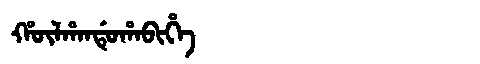
Manchu: ᡥᡡᠯᡥᠠᠨᡩᡠᡥᠠᠪᡳᡥᡝ
Romanization: HŪLHANDUHABIHE